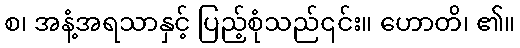
စ၊ အနံ့အရသာနှင့် ပြည့်စုံသည်၎င်း။ ဟောတိ၊ ၏။